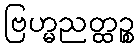
ဗြဟ္မညတ္ထဉ္စ